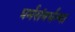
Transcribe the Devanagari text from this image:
धर्मसंवर्धन्या